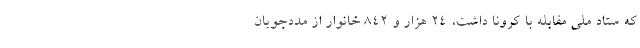
که ستاد ملی مقابله با کرونا داشت، ۲۴ هزار و ۸۴۲ خانوار از مددجویان